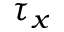
\tau _ { x }